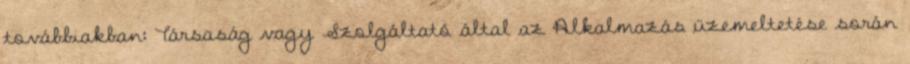
továbbiakban: Társaság vagy Szolgáltató által az Alkalmazás üzemeltetése során